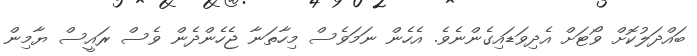
ބައްދަލުކޮށް ވޯޓަށް އެދިވަޑައިގެންނެވެ. އެހެން ނަމަވެސް މިހާތަނާ ޖެހެންދެން ވެސް ރައީސް ޔާމިން